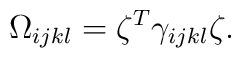
\Omega_{ijkl}=\zeta^{T}\gamma_{ijkl}\zeta.